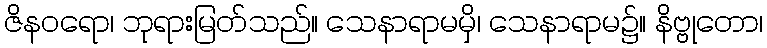
ဇိနဝရော၊ ဘုရားမြတ်သည်။ သေနာရာမမှိ၊ သေနာရာမ၌။ နိဗ္ဗုတော၊